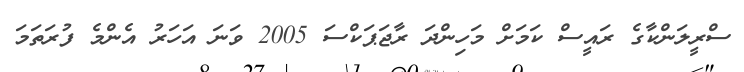
ސްރީލަންކާގެ ރައީސް ކަމަށް މަހިންދަ ރާޖަޕަކްސަ 2005 ވަނަ އަހަރު އެންމެ ފުރަތަމަ